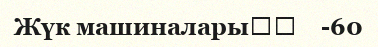
Жүк машиналары		    -60